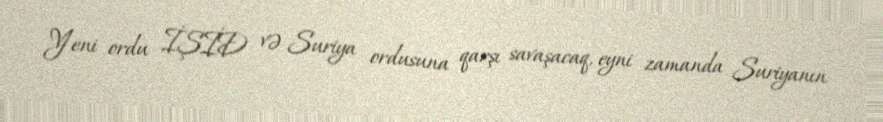
Yeni ordu İŞİD və Suriya ordusuna qarşı savaşacaq, eyni zamanda Suriyanın